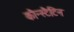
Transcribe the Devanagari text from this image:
कौन्स्टैटिन